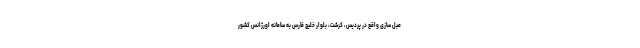
مبل سازی واقع در پردیس، کرشت، بلوار خلیج فارس به سامانه اورژانس کشور